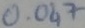
Text: 0.047